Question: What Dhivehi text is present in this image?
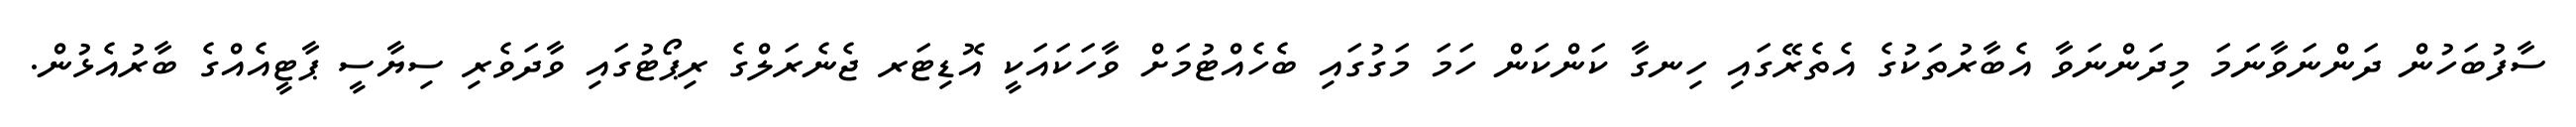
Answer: ސާފުބަހުން ދަންނަވާނަމަ މިދަންނަވާ އެބާރުތަކުގެ އެތެރޭގައި ހިނގާ ކަންކަން ހަމަ މަގުގައި ބެހެއްޓުމަށް ވާހަކައަކީ އޮޑިޓަރ ޖެނެރަލްގެ ރިޕޯޓުގައި ވާދަވެރި ސިޔާސީ ޕާޓީއެއްގެ ބާރުއެޅުން.